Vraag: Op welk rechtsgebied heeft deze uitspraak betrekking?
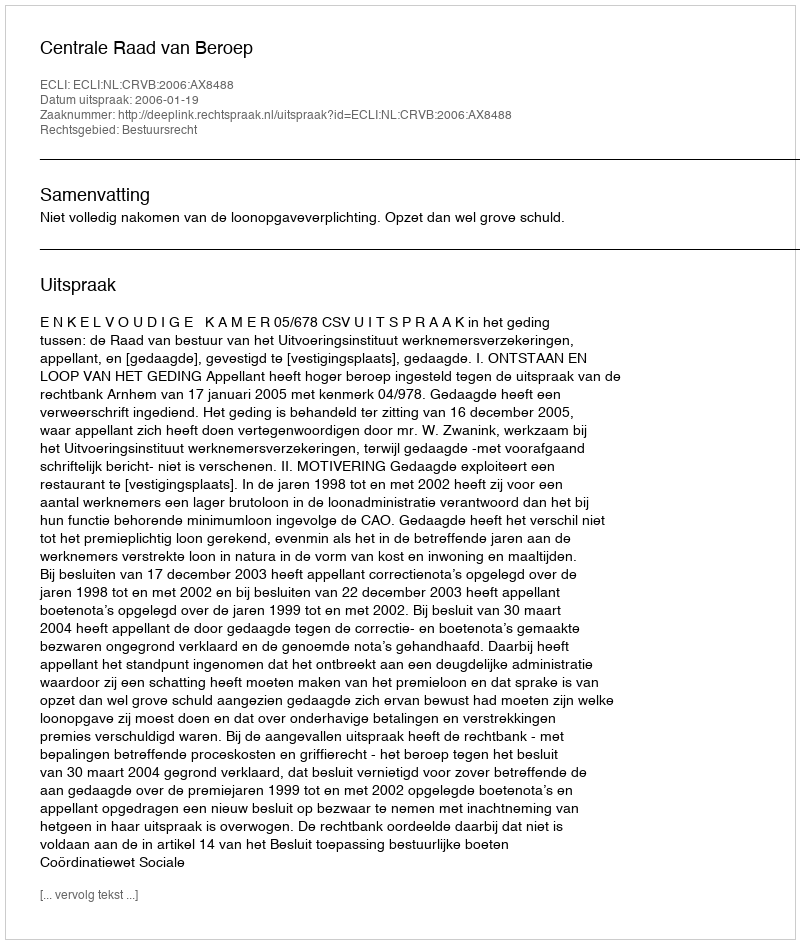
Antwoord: Bestuursrecht